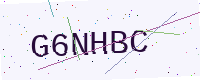
Text: G6NHBC